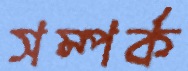
সম্পর্ক